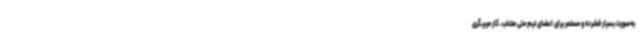
به‌صورت بسیار فشرده و مستمر برای اعضای تیم ملی منتخب، کار مربیگری